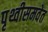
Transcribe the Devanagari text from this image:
पृथ्वीसमवेत